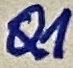
Text: Q1